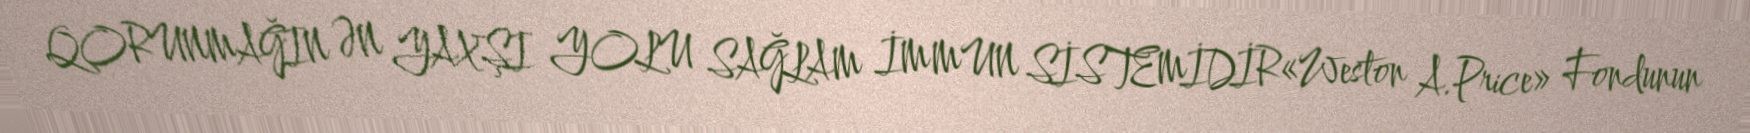
QORUNMAĞIN ƏN YAXŞI YOLU SAĞLAM İMMUN SİSTEMİDİR«Weston A.Price» Fondunun